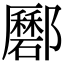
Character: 𨟟